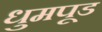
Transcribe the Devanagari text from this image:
धुमपूड